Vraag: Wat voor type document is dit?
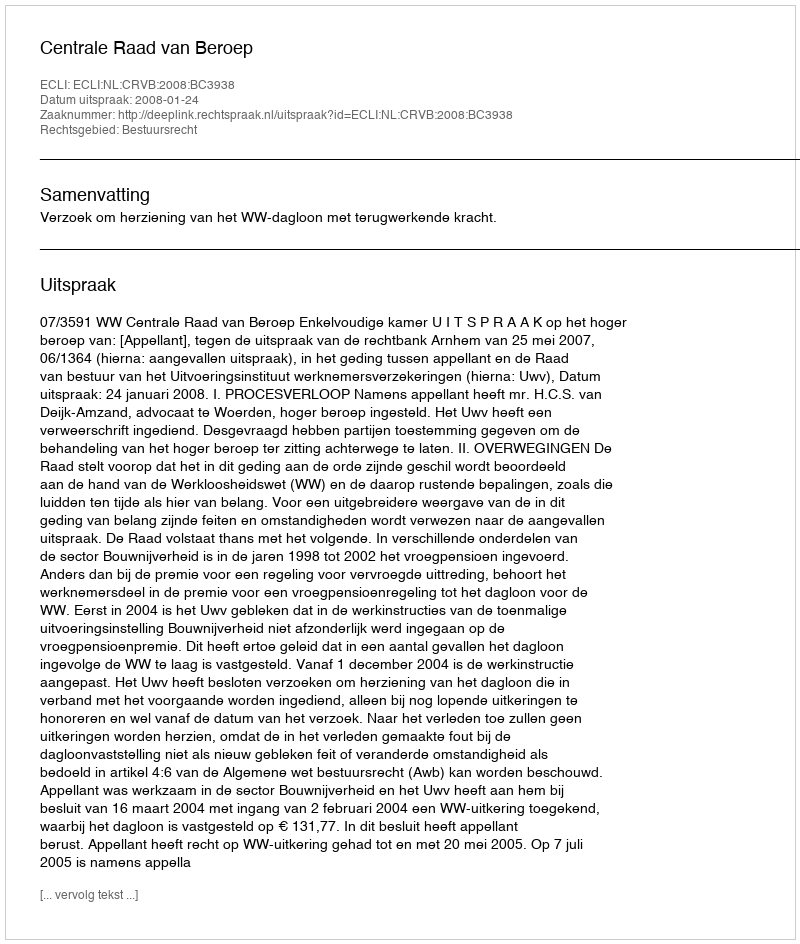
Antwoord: Uitspraak